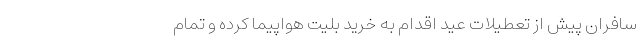
سافران پیش از تعطیلات عید اقدام به خرید بلیت هواپیما کرده و تمام